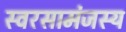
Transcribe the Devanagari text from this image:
स्वरसामंजस्य